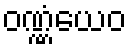
ဝဏ္ဏံယေဝ